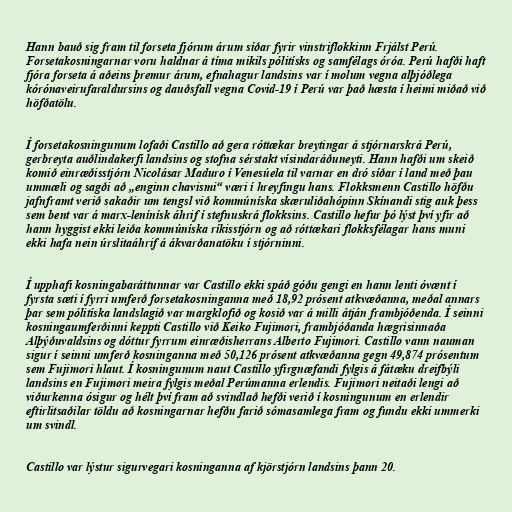
Hann bauð sig fram til forseta fjórum árum síðar fyrir vinstriflokkinn Frjálst Perú.
Forsetakosningarnar voru haldnar á tíma mikils pólitísks og samfélags óróa. Perú hafði haft
fjóra forseta á aðeins þremur árum, efnahagur landsins var í molum vegna alþjóðlega
kórónaveirufaraldursins og dauðsfall vegna Covid-19 í Perú var það hæsta í heimi miðað við
höfðatölu.

Í forsetakosningunum lofaði Castillo að gera róttækar breytingar á stjórnarskrá Perú,
gerbreyta auðlindakerfi landsins og stofna sérstakt vísindaráðuneyti. Hann hafði um skeið
komið einræðisstjórn Nicolásar Maduro í Venesúela til varnar en dró síðar í land með þau
ummæli og sagði að „enginn chavismi“ væri í hreyfingu hans. Flokksmenn Castillo höfðu
jafnframt verið sakaðir um tengsl við kommúníska skæruliðahópinn Skínandi stig auk þess
sem bent var á marx-lenínísk áhrif í stefnuskrá flokksins. Castillo hefur þó lýst því yfir að
hann hyggist ekki leiða kommúníska ríkisstjórn og að róttækari flokksfélagar hans muni
ekki hafa nein úrslitaáhrif á ákvarðanatöku í stjórninni.

Í upphafi kosningabaráttunnar var Castillo ekki spáð góðu gengi en hann lenti óvænt í
fyrsta sæti í fyrri umferð forsetakosninganna með 18,92 prósent atkvæðanna, meðal annars
þar sem pólitíska landslagið var margklofið og kosið var á milli átján frambjóðenda. Í seinni
kosningaumferðinni keppti Castillo við Keiko Fujimori, frambjóðanda hægrisinnaða
Alþýðuvaldsins og dóttur fyrrum einræðisherrans Alberto Fujimori. Castillo vann nauman
sigur í seinni umferð kosninganna með 50,126 prósent atkvæðanna gegn 49,874 prósentum
sem Fujimori hlaut. Í kosningunum naut Castillo yfirgnæfandi fylgis á fátæku dreifbýli
landsins en Fujimori meira fylgis meðal Perúmanna erlendis. Fujimori neitaði lengi að
viðurkenna ósigur og hélt því fram að svindlað hefði verið í kosningunum en erlendir
eftirlitsaðilar töldu að kosningarnar hefðu farið sómasamlega fram og fundu ekki ummerki
um svindl.

Castillo var lýstur sigurvegari kosninganna af kjörstjórn landsins þann 20.